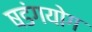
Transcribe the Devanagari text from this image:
षडंगयोग